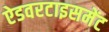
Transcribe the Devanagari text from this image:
ऐडवरटाइसमेंट